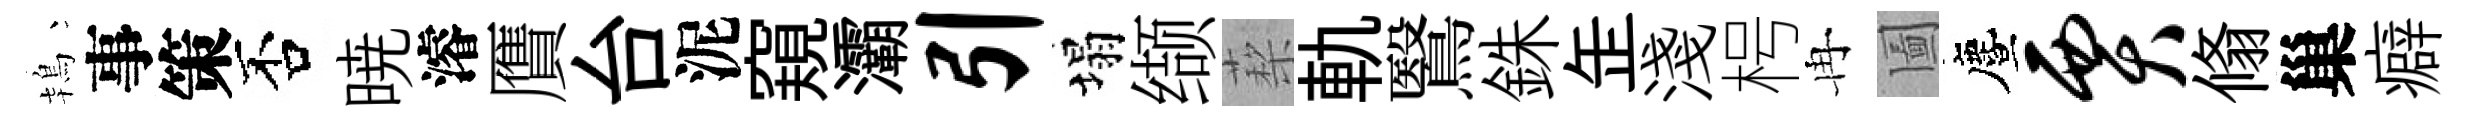
鴇事策否暁濬贋台泥窺灞引塌缬蔾軌鷖銖𦈢淺枵冉圗󵨌贾翛巢癖